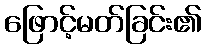
ဖြောင့်မတ်ခြင်း၏